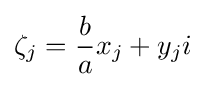
\zeta _{j}={\frac {b}{a}}x_{j}+y_{j}i